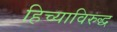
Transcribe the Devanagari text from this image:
हिच्याविरुद्ध